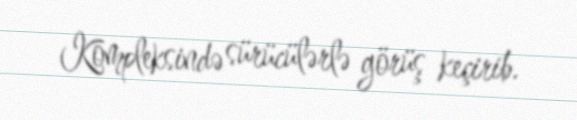
Kompleksində sürücülərlə görüş keçirib.